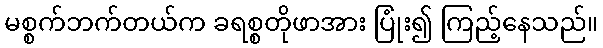
မစ္စက်ဘက်တယ်က ခရစ္စတိုဖာအား ပြုံး၍ ကြည့်နေသည်။